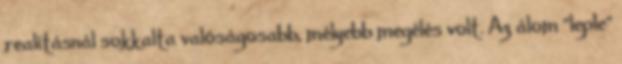
realításnál sokkalta valóságosabb, mélyebb megélés volt. Az álom "leple"